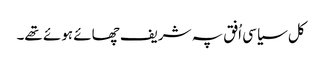
کل سیاسی اُفق پہ شریف چھائے ہوئے تھے۔